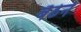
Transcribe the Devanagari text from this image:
बैठेने